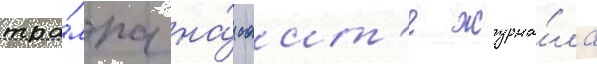
тра́мпа на́ саит'е журна́ла